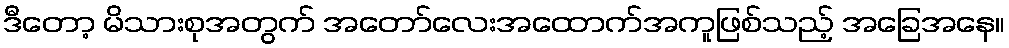
ဒီတော့ မိသားစုအတွက် အတော်လေးအထောက်အကူဖြစ်သည့် အခြေအနေ။